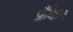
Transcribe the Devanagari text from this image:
फ्रैंकेन